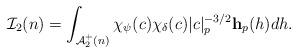
LaTeX: \begin{align*} \mathcal I_2(n)= \int_{\mathcal A_2^+(n)} \chi_{\psi}(c) \chi_{\delta}(c)|c|^{-3/2}_p\mathbf h_p(h) dh.\end{align*}